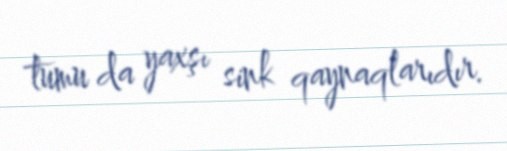
tumu da yaxşı sink qaynaqlarıdır.